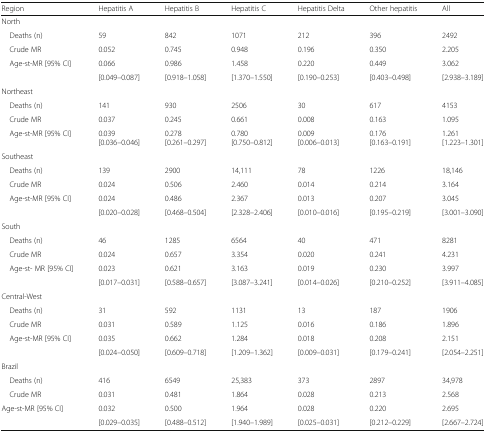
<table><thead><tr><td><b>Region</b></td><td><b>Hepatitis A</b></td><td><b>Hepatitis B</b></td><td><b>Hepatitis C</b></td><td><b>Hepatitis Delta</b></td><td><b>Other hepatitis</b></td><td><b>All</b></td></tr></thead><tbody><tr><td colspan="7">North</td></tr><tr><td> Deaths (n)</td><td>59</td><td>842</td><td>1071</td><td>212</td><td>396</td><td>2492</td></tr><tr><td> Crude MR</td><td>0.052</td><td>0.745</td><td>0.948</td><td>0.196</td><td>0.350</td><td>2.205</td></tr><tr><td rowspan="2"> Age-st-MR [95% CI]</td><td>0.066</td><td>0.986</td><td>1.458</td><td>0.220</td><td>0.449</td><td>3.062</td></tr><tr><td>[0.049–0.087]</td><td>[0.918–1.058]</td><td>[1.370–1.550]</td><td>[0.190–0.253]</td><td>[0.403–0.498]</td><td>[2.938–3.189]</td></tr><tr><td colspan="7">Northeast</td></tr><tr><td> Deaths (n)</td><td>141</td><td>930</td><td>2506</td><td>30</td><td>617</td><td>4153</td></tr><tr><td> Crude MR</td><td>0.037</td><td>0.245</td><td>0.661</td><td>0.008</td><td>0.163</td><td>1.095</td></tr><tr><td> Age-st-MR [95% CI]</td><td>0.039[0.036–0.046]</td><td>0.278[0.261–0.297]</td><td>0.780[0.750–0.812]</td><td>0.009[0.006–0.013]</td><td>0.176[0.163–0.191]</td><td>1.261[1.223–1.301]</td></tr><tr><td colspan="7">Southeast</td></tr><tr><td> Deaths (n)</td><td>139</td><td>2900</td><td>14,111</td><td>78</td><td>1226</td><td>18,146</td></tr><tr><td> Crude MR</td><td>0.024</td><td>0.506</td><td>2.460</td><td>0.014</td><td>0.214</td><td>3.164</td></tr><tr><td rowspan="2"> Age-st-MR [95% CI]</td><td>0.024</td><td>0.486</td><td>2.367</td><td>0.013</td><td>0.207</td><td>3.045</td></tr><tr><td>[0.020–0.028]</td><td>[0.468–0.504]</td><td>[2.328–2.406]</td><td>[0.010–0.016]</td><td>[0.195–0.219]</td><td>[3.001–3.090]</td></tr><tr><td colspan="7">South</td></tr><tr><td> Deaths (n)</td><td>46</td><td>1285</td><td>6564</td><td>40</td><td>471</td><td>8281</td></tr><tr><td> Crude MR</td><td>0.024</td><td>0.657</td><td>3.354</td><td>0.020</td><td>0.241</td><td>4.231</td></tr><tr><td rowspan="2"> Age-st- MR [95% CI]</td><td>0.023</td><td>0.621</td><td>3.163</td><td>0.019</td><td>0.230</td><td>3.997</td></tr><tr><td>[0.017–0.031]</td><td>[0.588–0.657]</td><td>[3.087–3.241]</td><td>[0.014–0.026]</td><td>[0.210–0.252]</td><td>[3.911–4.085]</td></tr><tr><td colspan="7">Central-West</td></tr><tr><td> Deaths (n)</td><td>31</td><td>592</td><td>1131</td><td>13</td><td>187</td><td>1906</td></tr><tr><td> Crude MR</td><td>0.031</td><td>0.589</td><td>1.125</td><td>0.016</td><td>0.186</td><td>1.896</td></tr><tr><td rowspan="2"> Age-st-MR [95% CI]</td><td>0.035</td><td>0.662</td><td>1.284</td><td>0.018</td><td>0.208</td><td>2.151</td></tr><tr><td>[0.024–0.050]</td><td>[0.609–0.718]</td><td>[1.209–1.362]</td><td>[0.009–0.031]</td><td>[0.179–0.241]</td><td>[2.054–2.251]</td></tr><tr><td colspan="7">Brazil</td></tr><tr><td> Deaths (n)</td><td>416</td><td>6549</td><td>25,383</td><td>373</td><td>2897</td><td>34,978</td></tr><tr><td> Crude MR</td><td>0.031</td><td>0.481</td><td>1.864</td><td>0.028</td><td>0.213</td><td>2.568</td></tr><tr><td rowspan="2">Age-st-MR [95% CI]</td><td>0.032</td><td>0.500</td><td>1.964</td><td>0.028</td><td>0.220</td><td>2.695</td></tr><tr><td>[0.029–0.035]</td><td>[0.488–0.512]</td><td>[1.940–1.989]</td><td>[0.025–0.031]</td><td>[0.212–0.229]</td><td>[2.667–2.724]</td></tr></tbody></table>